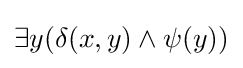
\exists y(\delta (x,y)\land \psi (y))